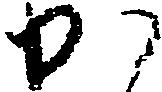
か